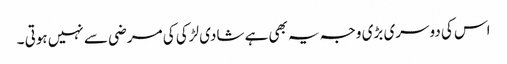
اس کی دوسری بڑی وجہ یہ بھی ہے شادی لڑکی کی مرضی سے نہیں ہوتی ۔